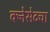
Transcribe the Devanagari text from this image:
क्नेसेटचा